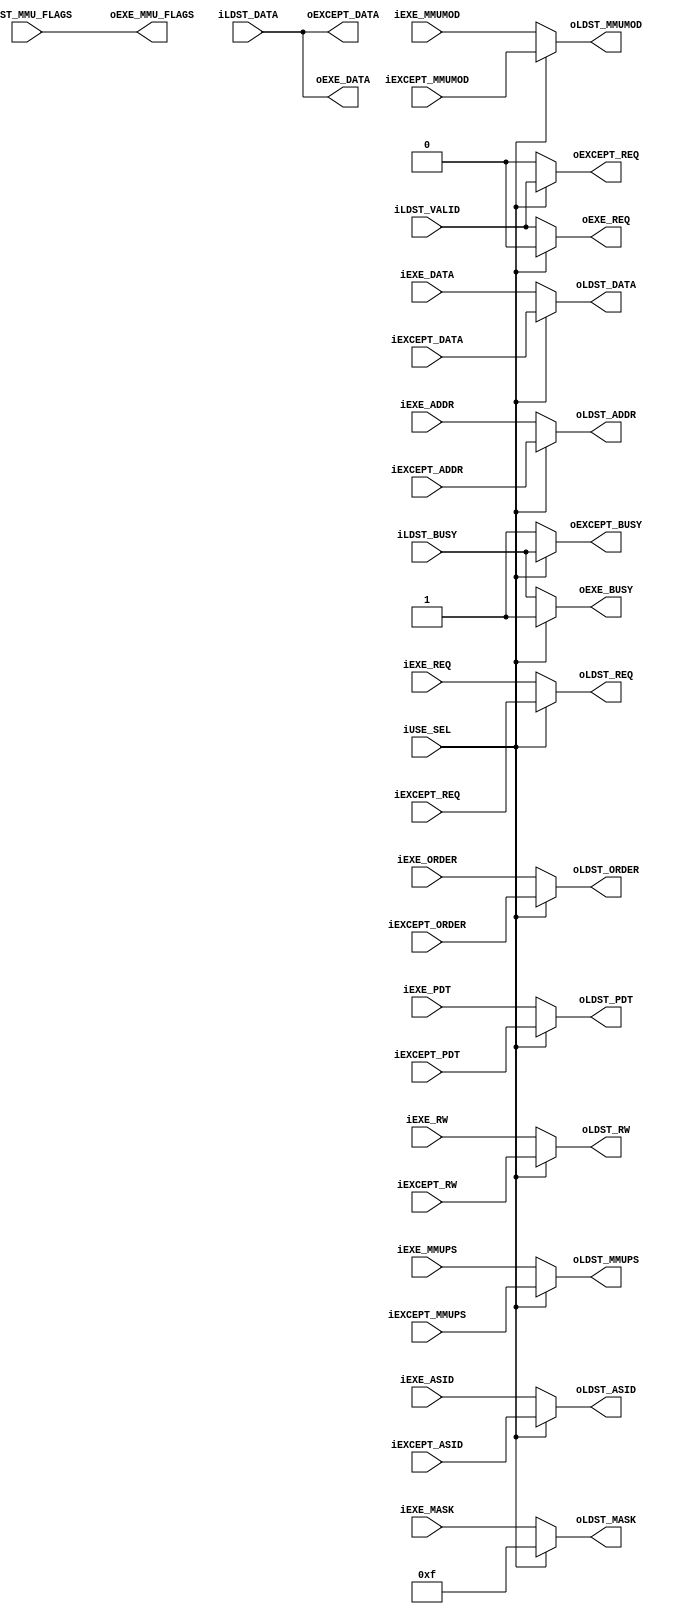
module load_store_pipe_arbiter(
		output wire oLDST_REQ,
		input wire iLDST_BUSY,
		output wire [1:0] oLDST_ORDER,	//00=Byte Order 01=2Byte Order 10= Word Order 11= None
		output wire [3:0] oLDST_MASK,
		output wire oLDST_RW,		//0=Read 1=Write
		output wire [13:0] oLDST_ASID,
		output wire [1:0] oLDST_MMUMOD,
		output wire [2:0] oLDST_MMUPS,
		output wire [31:0] oLDST_PDT,
		output wire [31:0] oLDST_ADDR,
		output wire [31:0] oLDST_DATA,
		input wire iLDST_VALID,
		input wire [11:0] iLDST_MMU_FLAGS,
		input wire [31:0] iLDST_DATA,
		//Selector
		input wire iUSE_SEL,		//0:Execution | 1:Exception
		//Execution Module
		input wire iEXE_REQ,
		output wire oEXE_BUSY,
		input wire [1:0] iEXE_ORDER,	//00=Byte Order 01=2Byte Order 10= Word Order 11= None
		input wire [3:0] iEXE_MASK,
		input wire iEXE_RW,		//0=Read 1=Write
		input wire [13:0] iEXE_ASID,
		input wire [1:0] iEXE_MMUMOD,
		input wire [2:0] iEXE_MMUPS,
		input wire [31:0] iEXE_PDT,
		input wire [31:0] iEXE_ADDR,
		input wire [31:0] iEXE_DATA,
		output wire oEXE_REQ,
		output wire [11:0] oEXE_MMU_FLAGS,
		output wire [31:0] oEXE_DATA,
		//Exception Module
		input wire iEXCEPT_REQ,
		output wire oEXCEPT_BUSY,
		input wire [1:0] iEXCEPT_ORDER,	//00=Byte Order 01=2Byte Order 10= Word Order 11= None
		input wire iEXCEPT_RW,		//0=Read 1=Write
		input wire [13:0] iEXCEPT_ASID,
		input wire [1:0] iEXCEPT_MMUMOD,
		input wire [2:0] iEXCEPT_MMUPS,
		input wire [31:0] iEXCEPT_PDT,
		input wire [31:0] iEXCEPT_ADDR,
		input wire [31:0] iEXCEPT_DATA,
		output wire oEXCEPT_REQ,
		output wire [31:0] oEXCEPT_DATA
	);



	//Output Port
	assign oLDST_REQ = (iUSE_SEL)? iEXCEPT_REQ : iEXE_REQ;
	assign oLDST_ORDER = (iUSE_SEL)? iEXCEPT_ORDER : iEXE_ORDER;
	assign oLDST_MASK = (iUSE_SEL)? 4'hf : iEXE_MASK;
	assign oLDST_RW = (iUSE_SEL)? iEXCEPT_RW : iEXE_RW;
	assign oLDST_ASID = (iUSE_SEL)? iEXCEPT_ASID : iEXE_ASID;
	assign oLDST_MMUMOD = (iUSE_SEL)? iEXCEPT_MMUMOD : iEXE_MMUMOD;
	assign oLDST_MMUPS = (iUSE_SEL)? iEXCEPT_MMUPS : iEXE_MMUPS;
	assign oLDST_PDT = (iUSE_SEL)? iEXCEPT_PDT : iEXE_PDT;
	assign oLDST_ADDR = (iUSE_SEL)? iEXCEPT_ADDR : iEXE_ADDR;
	assign oLDST_DATA = (iUSE_SEL)? iEXCEPT_DATA : iEXE_DATA;

	//Exception Unit
	assign oEXCEPT_BUSY	= (iUSE_SEL)? iLDST_BUSY  : 1'b1;
	assign oEXCEPT_REQ = (iUSE_SEL)? iLDST_VALID : 1'b0;
	assign oEXCEPT_DATA	= iLDST_DATA;

	//ALU-LoadStore Unit
	assign oEXE_BUSY = (iUSE_SEL)? 1'b1 : iLDST_BUSY;
	assign oEXE_REQ = (iUSE_SEL)? 1'b0 : iLDST_VALID;
	assign oEXE_MMU_FLAGS = iLDST_MMU_FLAGS;
	assign oEXE_DATA = iLDST_DATA;


endmodule